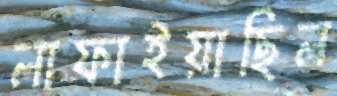
লাফাইয়াছিল